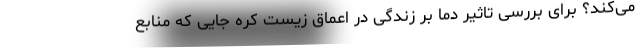
می‌کند؟ برای بررسی تاثیر دما بر زندگی در اعماق زیست کره جایی که منابع